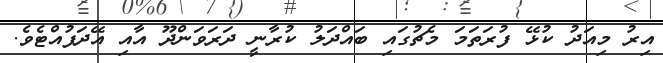
އިރު މިއަދު ކުޅޭ ފުރަތަމަ މެޗުގައި ބައްދަލު ކުރާނީ ދަރަވަންދޫ އާއި އޭދަފުއްޓެވެ.